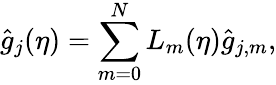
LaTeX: \hat{g}_{j}(\eta)=\sum_{m=0}^{N}L_{m}(\eta)\hat{g}_{j,m},